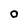
Character: O